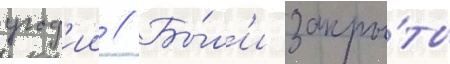
угод'ии // Бы́л'и закры́ты